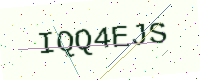
Text: IQQ4EJS